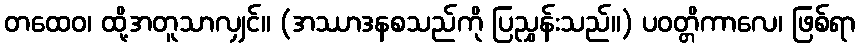
တထေဝ၊ ထို့အတူသာလျှင်။ (အဿာဒနစသည်ကို ပြညွှန်းသည်။) ပဝတ္တိကာလေ၊ ဖြစ်ရာ